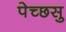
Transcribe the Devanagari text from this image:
पेच्छसु